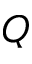
Q